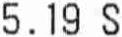
5.19 S